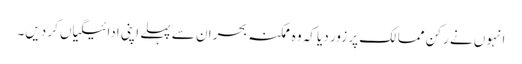
انہوں نے رکن ممالک پر زور دیا کہ وہ ممکنہ بحران سے پہلے اپنی ادائیگیاں کر دیں۔